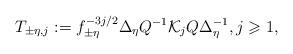
LaTeX: \begin{align*} T_{\pm\eta,j}:=f^{-3j/2}_{\pm\eta}\Delta_{\eta}Q^{-1}\mathcal{K}_j Q\Delta_{\eta}^{-1}, j\geqslant 1,\end{align*}